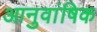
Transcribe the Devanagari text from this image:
आनुवांषिक